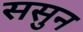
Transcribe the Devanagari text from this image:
ससुन